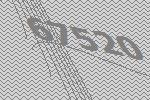
67520